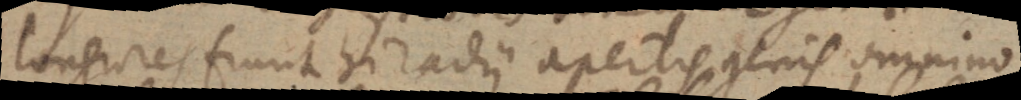
longiores fiunt hi radii apertis genis omnino